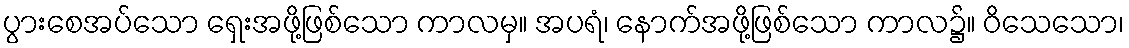
ပွားစေအပ်သော ရှေးအဖို့ဖြစ်သော ကာလမှ။ အပရံ၊ နောက်အဖို့ဖြစ်သော ကာလ၌။ ဝိသေသော၊